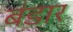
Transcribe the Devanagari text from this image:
बंडार